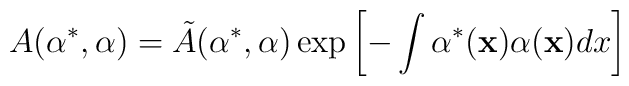
A(\alpha^*,\alpha) = \tilde{A}(\alpha^*,\alpha) \exp \left[ - \int\alpha^*({\bf x}) \alpha({\bf x}) dx \right]